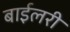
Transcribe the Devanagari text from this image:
बाईलरी